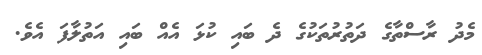
މެދު ރާސްތާގެ ދަތުރުތަކުގެ ދެ ބައި ކުޅަ އެއް ބައި އަތުލާފަ އެވެ.